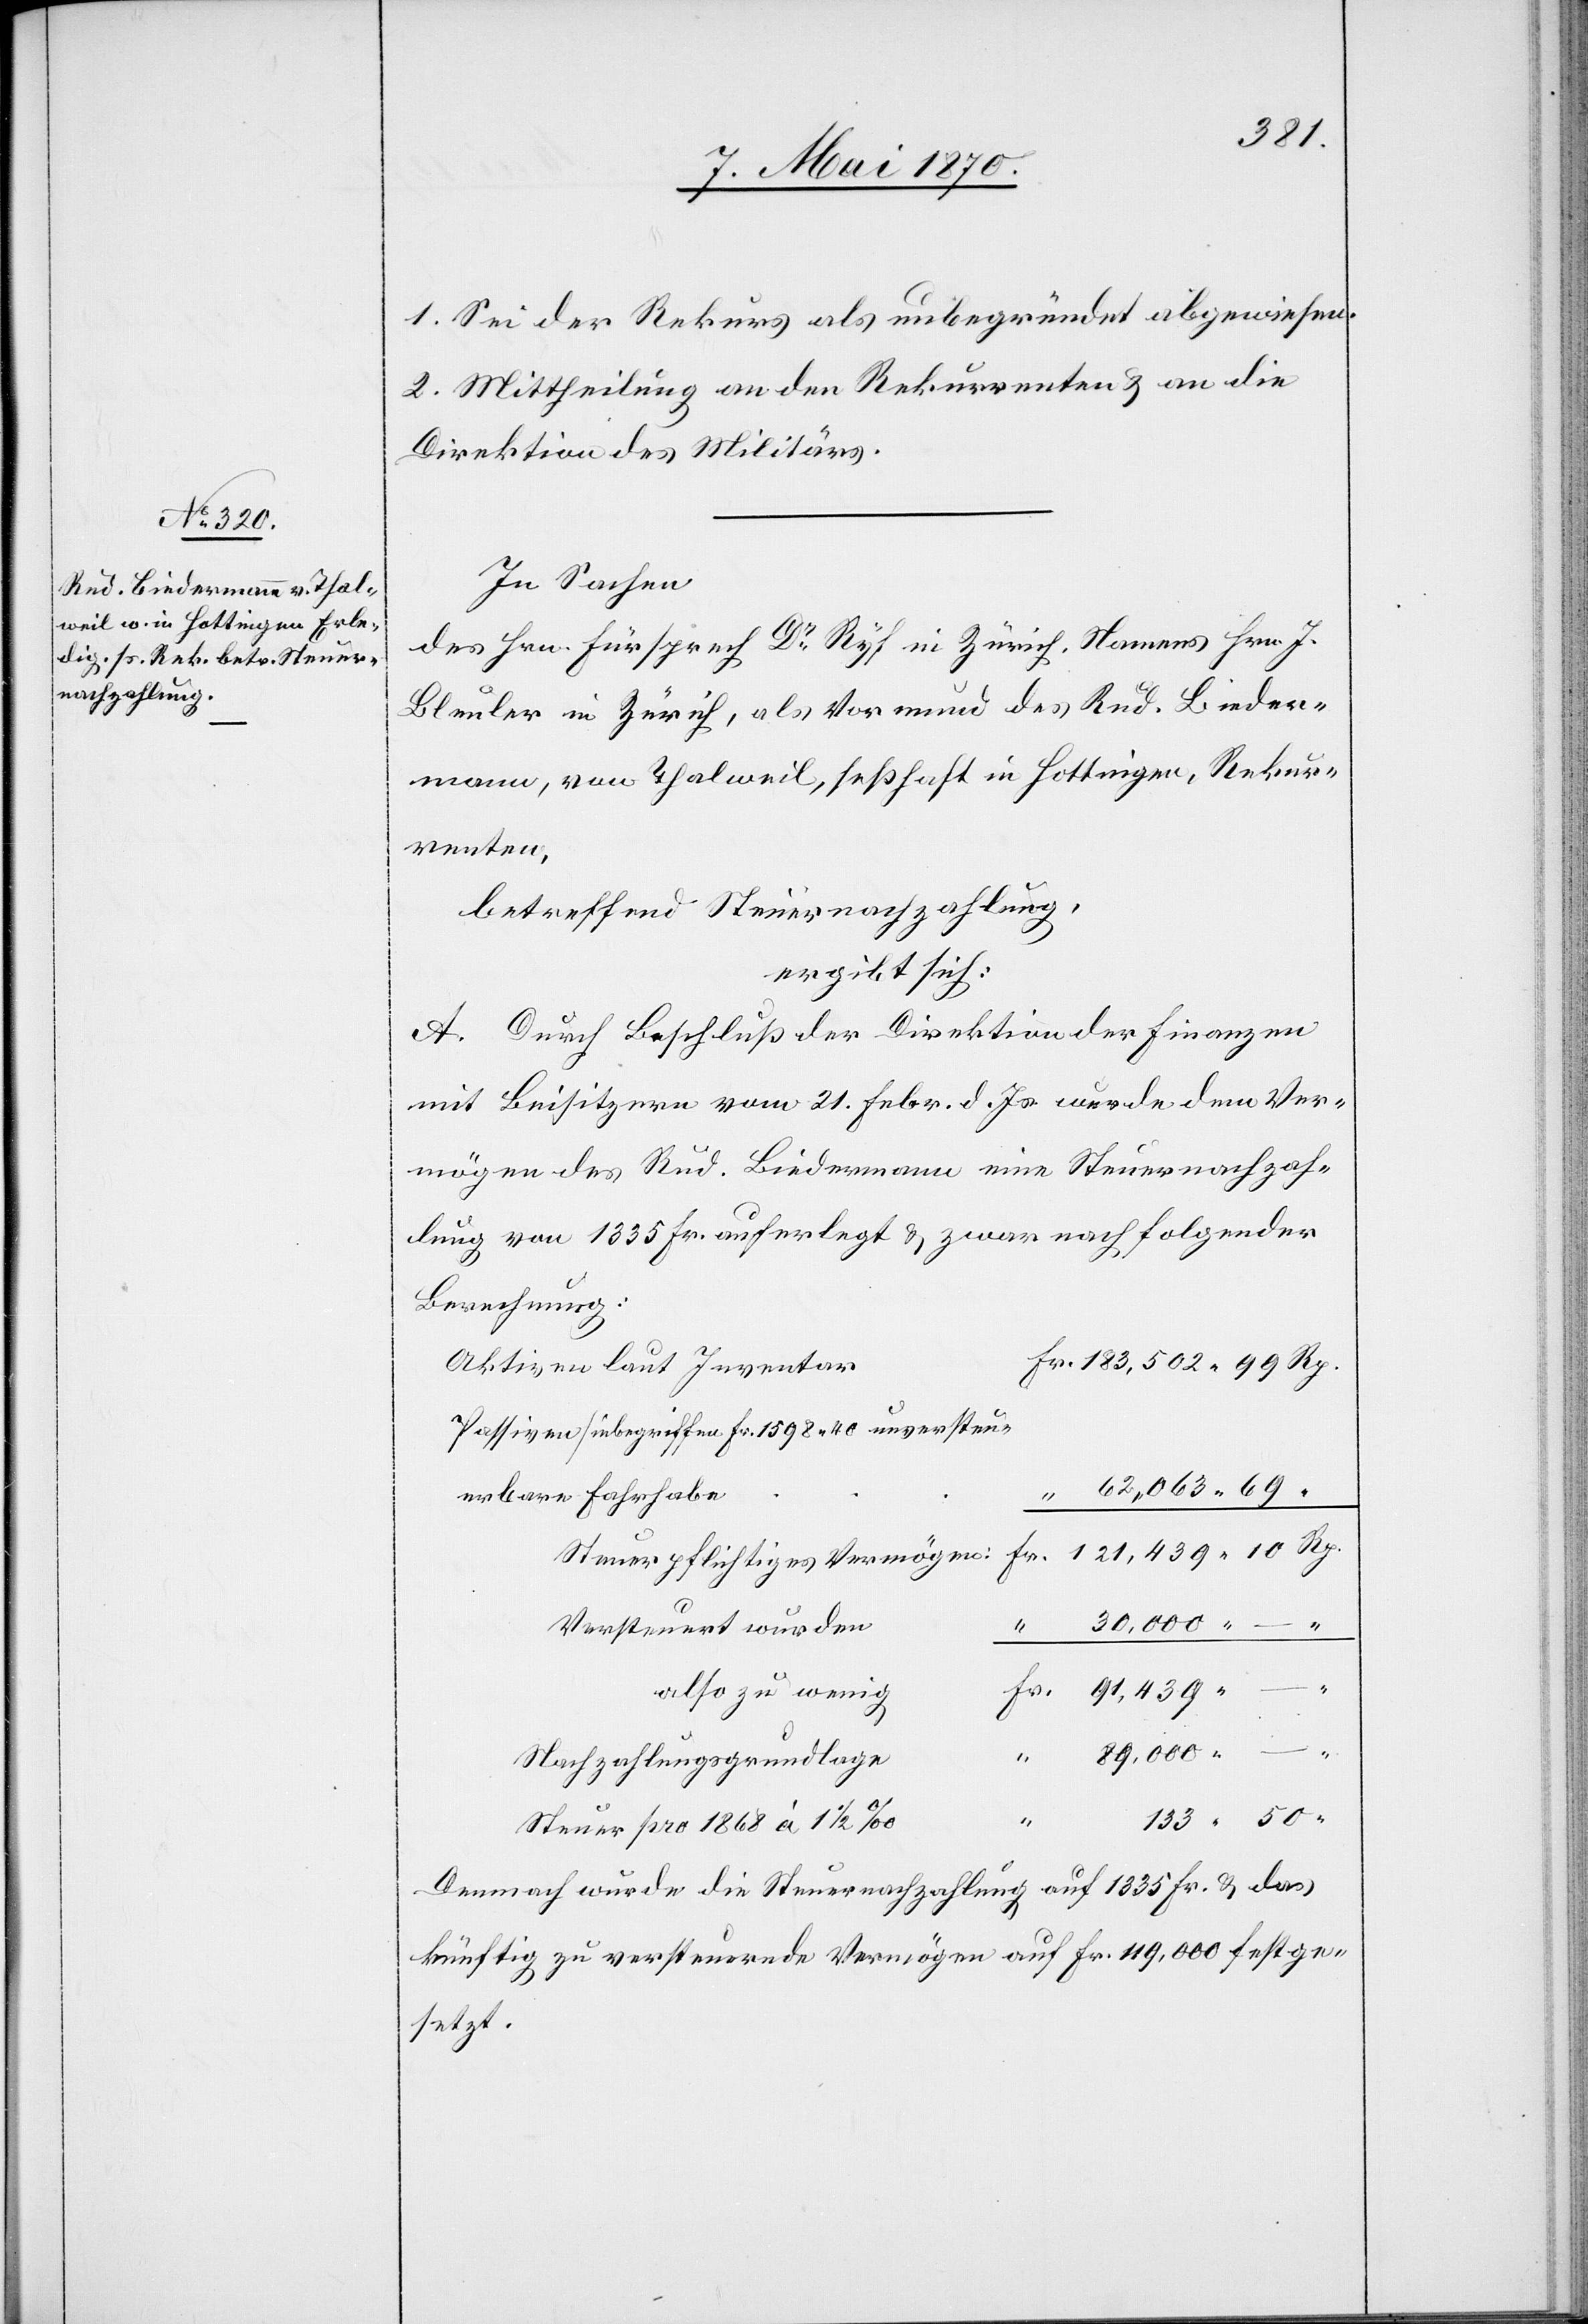
1. Sei der Rekurs als unbegründet abgewiesen.
2. Mittheilung an den Rekurrenten & an die
Direktion des Militärs.
In Sachen
des Hrn. Fürsprech Dr Ryf in Zürich, Namens Hrn. J.
Bleuler in Zürich, als Vormund des Rud. Bieder¬
mann, von Thalweil, seßhaft in Hottingen, Rekur¬
renten,
betreffend Steuernachzahlung,
ergibt sich:
A. Durch Beschluß der Direktion der Finanzen
mit Beisitzern vom 21. Febr. d. Js. wurde dem Ver¬
mögen des Rud. Biedermann eine Steuernachzah¬
lung von 1335 Fr. auferlegt & zwar nach folgender
Berechnung:
Aktiven laut Inventar
Passiven [inbegriffen Fr. 1598.40 unversteu¬
erbare Fahrhab¬
Versteuert wurden
also zu wenig
91,439. –
“
89,000. –
Nachzahlungsgrundlage
Steuer pro 1868 à 1 1/2‰
Demnach wurde die Steuernachzahlung auf 1335 Fr. & das
künftig zu versteuernde Vermögen auf Fr. 119,000 festge¬
setzt.